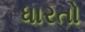
ધારતો